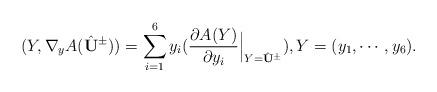
LaTeX: \begin{align*}(Y,\nabla_yA(\hat{{\mathbf U}}^{\pm}))=\sum_{i=1}^6y_i(\frac{\partial A(Y)}{\partial y_i}\Big|_{Y=\hat{{\mathbf U}}^{\pm}}),Y=(y_1,\cdots,y_6).\end{align*}